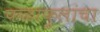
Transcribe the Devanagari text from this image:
फळाफुलांचा